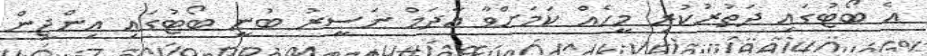
އެ ބޯޓުގައި ދަތުރުކުރި މީހެއް ކަމަށްވާ އާދަމް ނަސީރު ބުނީ ބޯޓުގައި އިންޖީން